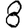
Digit: 8